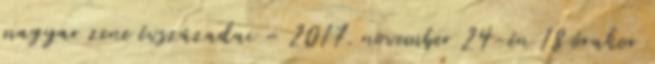
magyar zene évszázadai – 2017. november 24-én 18 órakor